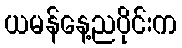
ယမန်နေ့ညပိုင်းက